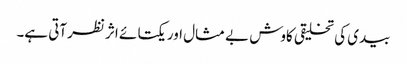
بیدی کی تخلیقی کاوش بے مثال اور یکتا ئے اثر نظرآتی ہے۔